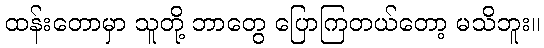
ထန်းတောမှာ သူတို့ ဘာတွေ ပြောကြတယ်တော့ မသိဘူး။